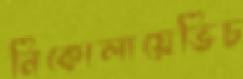
নিকোলায়েভিচ